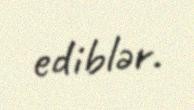
ediblər.